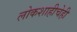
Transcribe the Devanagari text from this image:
लोकशाहीचेही